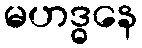
မဟဒ္ဓနေ